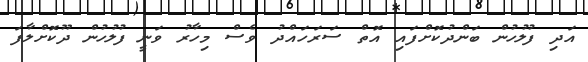
އަދި ފުލުހުން ބަންދުކޮށްފައި އޮތް ސަރަހައްދު ވެސް މިހާރު ވަނީ ފުލުހުން ދޫކޮށްލާފަ